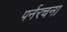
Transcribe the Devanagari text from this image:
पर्नरचना